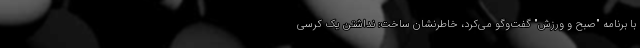
با برنامه "صبح و ورزش" گفت‌وگو می‌کرد، خاطرنشان ساخت: نداشتن یک کرسی